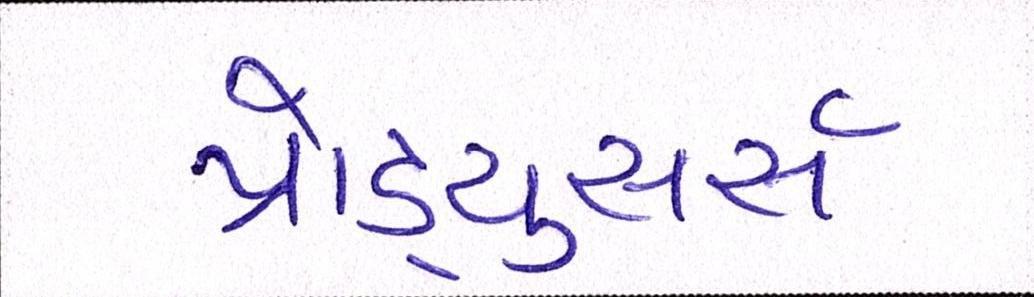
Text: પ્રોડ્યુસર્સ